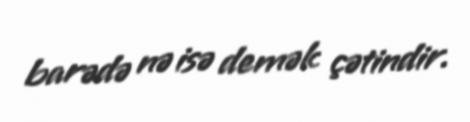
barədə nə isə demək çətindir.